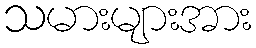
သမားများအား